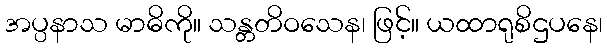
အပ္ပနာသ မာဓိကို။ သန္တတိဝသေန၊ ဖြင့်။ ယထာရုစိဌပနေ၊